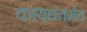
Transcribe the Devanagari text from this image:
कायद्यंतर्गत